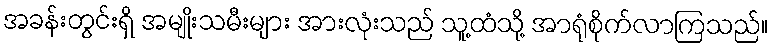
အခန်းတွင်းရှိ အမျိုးသမီးများ အားလုံးသည် သူ့ထံသို့ အာရုံစိုက်လာကြသည်။